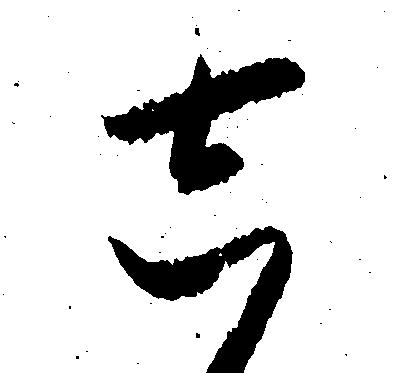
し